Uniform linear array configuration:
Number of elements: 64
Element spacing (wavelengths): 0.5
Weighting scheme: cosine
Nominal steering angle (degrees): -15
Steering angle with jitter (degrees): -15.709
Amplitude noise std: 0.05
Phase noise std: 0.05

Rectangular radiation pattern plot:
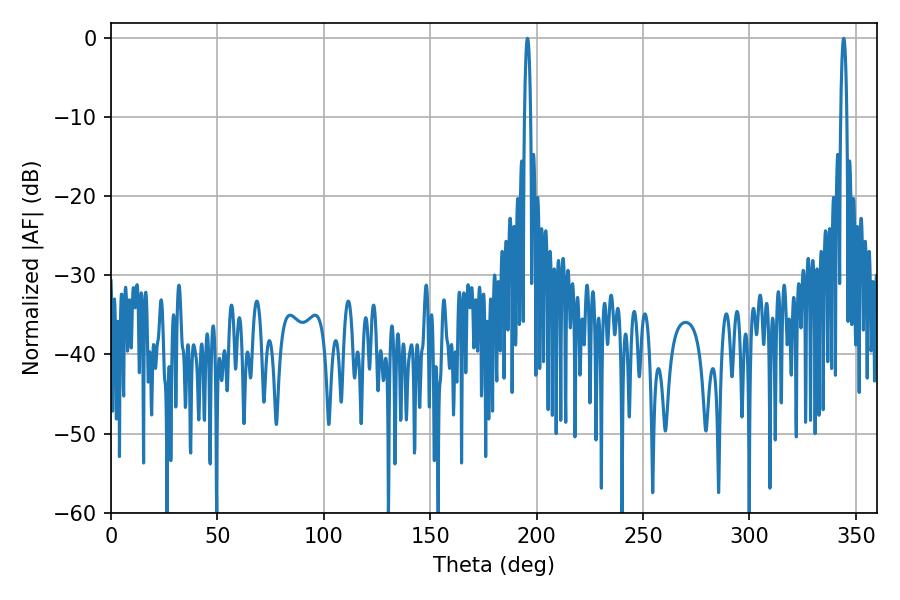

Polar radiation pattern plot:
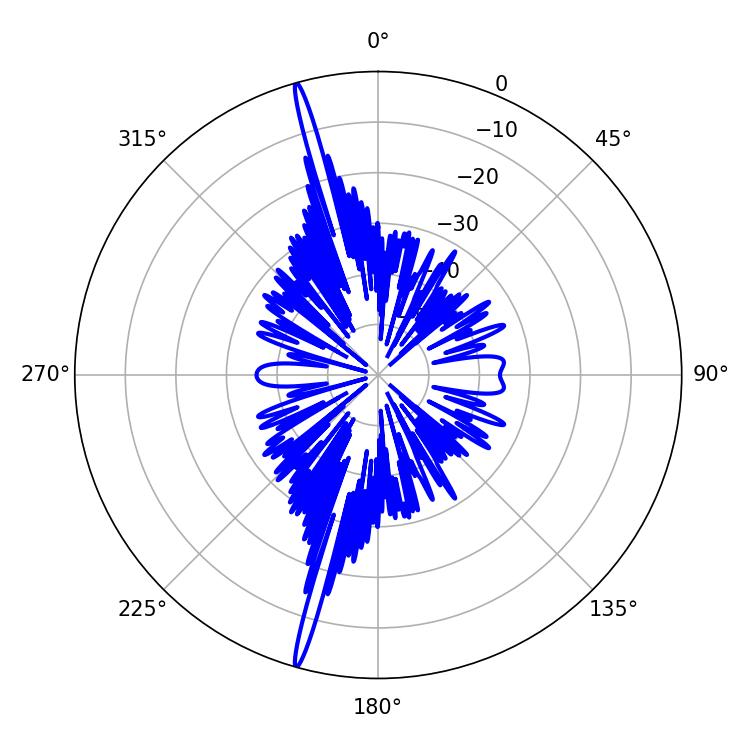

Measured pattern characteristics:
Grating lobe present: FALSE
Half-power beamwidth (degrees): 1.62
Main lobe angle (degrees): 195.66